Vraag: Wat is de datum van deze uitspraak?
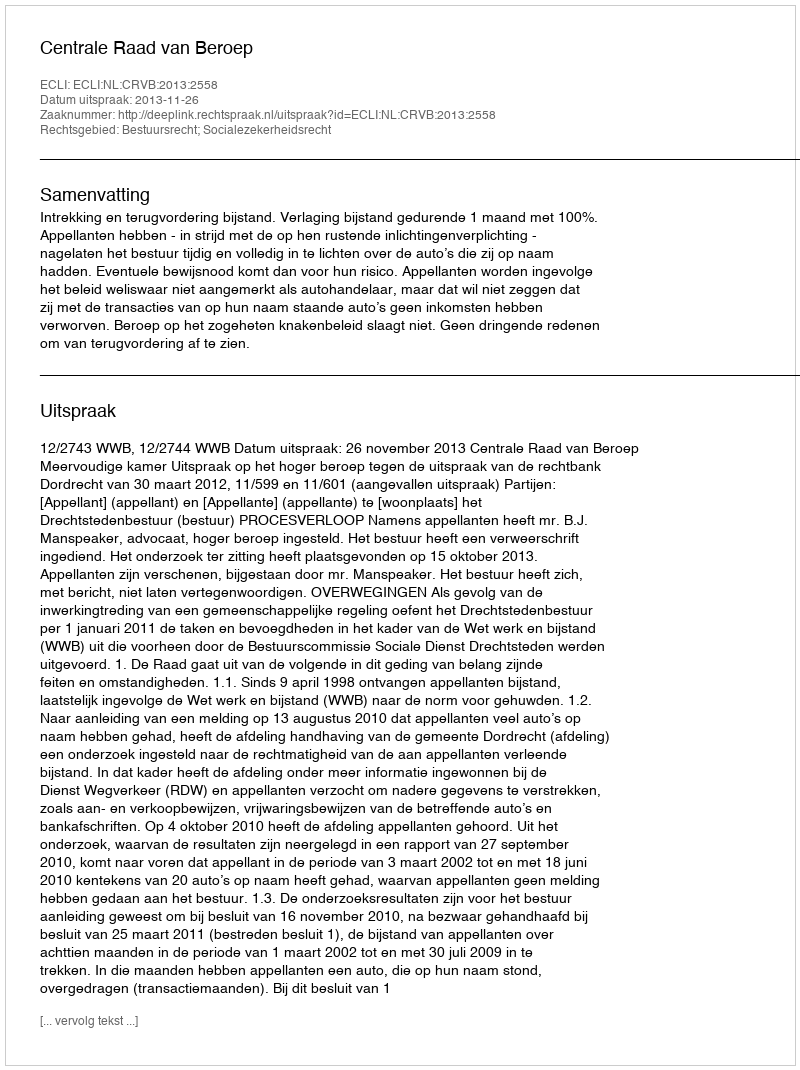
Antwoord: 2013-11-26